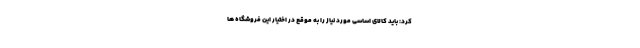
کرد: باید کالای اساسی مورد نیاز را به موقع در اختیار این فروشگاه ها